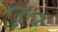
તૂત